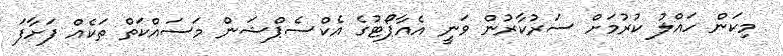
މިކަން ހައްލު ކުރުމަށް ސަރުކާރުން ވަނީ އެއާޕޯޓުގެ އެކްސެޕްޝަން މަސައްކަތް ތަކެއް ފަށާފަ